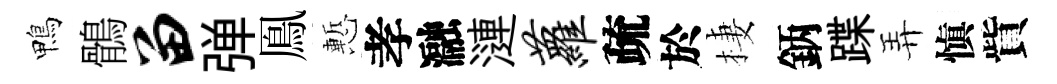
鴨鶻留弹鳯慙孝瀜漣萝疏於棲鈵蹀弄愼貲